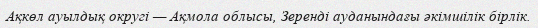
Ақкөл ауылдық округі — Ақмола облысы, Зеренді ауданындағы әкімшілік бірлік.